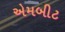
એમબીટ